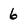
Character: 6